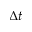
\Delta t